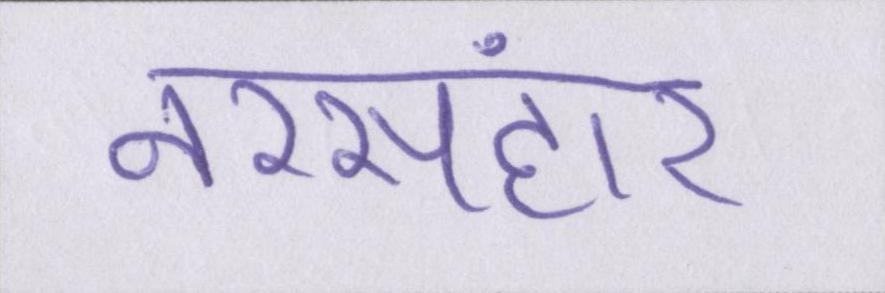
नरसंहार